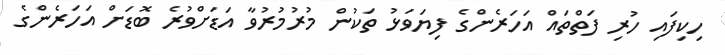
ހިކިފައި ހުރި ފަތްތައް އަހަރެންގެ ފިޔަވަޅު ތަކުން މުރުމުރުވާ އަޑަށްވުރެ ބޮޑަށް އަހަރެންގެ